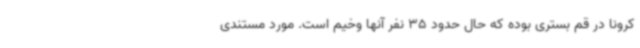
کرونا در قم بستری بوده که حال حدود 35 نفر آنها وخیم است. مورد مستندی